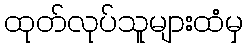
ထုတ်လုပ်သူများထံမှ